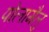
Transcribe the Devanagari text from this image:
पोलामैलु